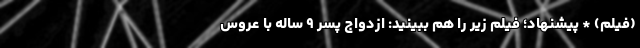
(فیلم) * پیشنهاد؛ فیلم‌ زیر را هم ببینید: ازدواج پسر ۹ ساله با عروس